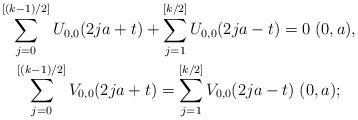
LaTeX: \begin{align*}\begin{gathered}\sum_{j=0}^{[(k-1)/2]}U_{0,0}(2ja+t)+\sum_{j=1}^{[k/2]}U_{0,0}(2ja-t)=0\;(0,a), \\\sum_{j=0}^{[(k-1)/2]}V_{0,0}(2ja+t)=\sum_{j=1}^{[k/2]}V_{0,0}(2ja-t)\;(0,a);\end{gathered}\end{align*}